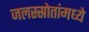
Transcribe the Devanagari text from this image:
जलस्स्रोतांमध्ये